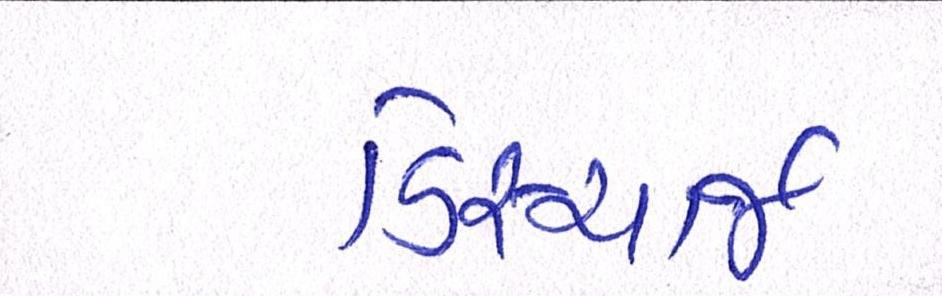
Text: ડિસ્ચાર્જ